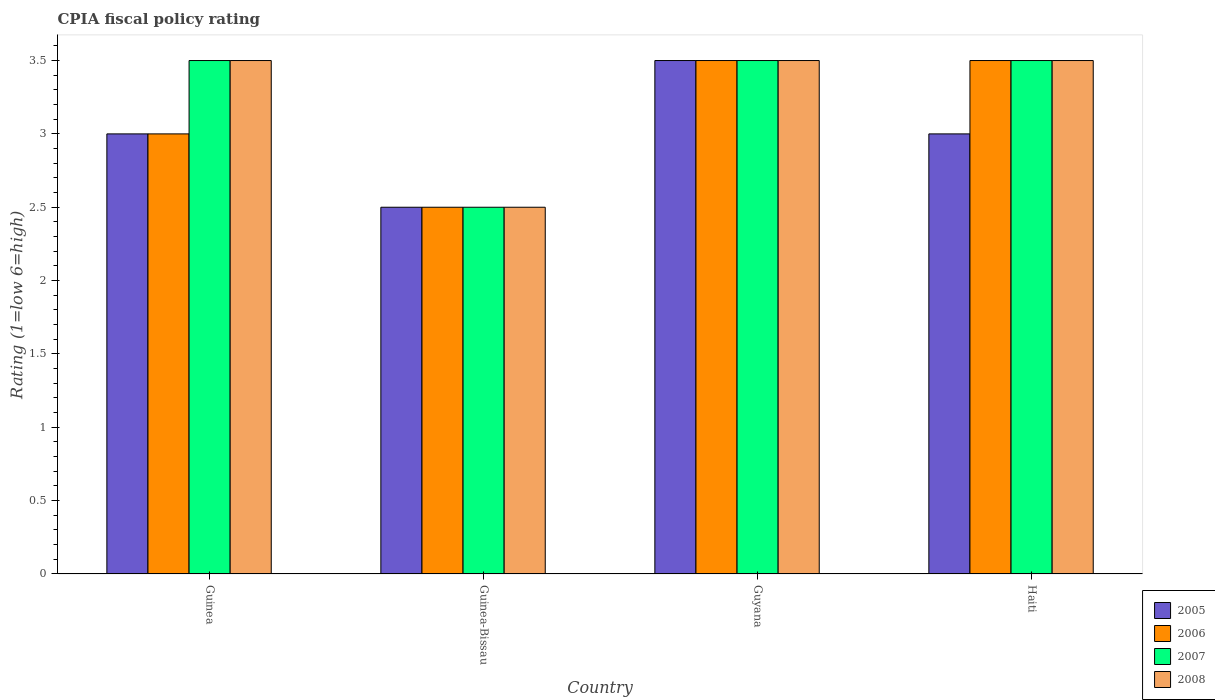
| Country | 2005 | 2006 | 2007 | 2008 |
 | --- | --- | --- | --- | --- |
 | Guinea | 3 | 3 | 3.5 | 3.5 |
 | Guinea-Bissau | 2.5 | 2.5 | 2.5 | 2.5 |
 | Guyana | 3.5 | 3.5 | 3.5 | 3.5 |
 | Haiti | 3 | 3.5 | 3.5 | 3.5 |